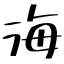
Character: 海